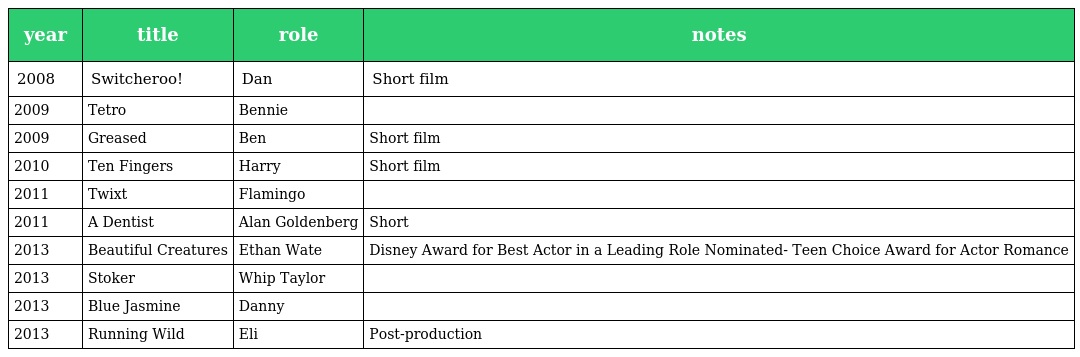
| year | title | role | notes |
 | --- | --- | --- | --- |
 | 2008 | Switcheroo! | Dan | Short film |
 | 2009 | Tetro | Bennie |  |
 | 2009 | Greased | Ben | Short film |
 | 2010 | Ten Fingers | Harry | Short film |
 | 2011 | Twixt | Flamingo |  |
 | 2011 | A Dentist | Alan Goldenberg | Short |
 | 2013 | Beautiful Creatures | Ethan Wate | Disney Award for Best Actor in a Leading Role Nominated- Teen Choice Award for Actor Romance |
 | 2013 | Stoker | Whip Taylor |  |
 | 2013 | Blue Jasmine | Danny |  |
 | 2013 | Running Wild | Eli | Post-production |